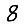
Digit: 8